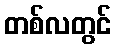
တစ်လတွင်